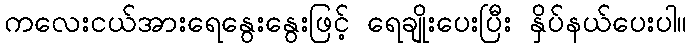
ကလေးငယ်အားရေနွေးနွေးဖြင့် ရေချိုးပေးပြီး နှိပ်နယ်ပေးပါ။